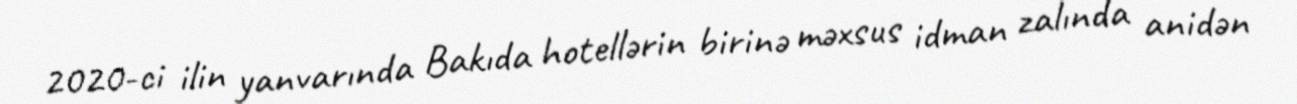
2020-ci ilin yanvarında Bakıda hotellərin birinə məxsus idman zalında anidən